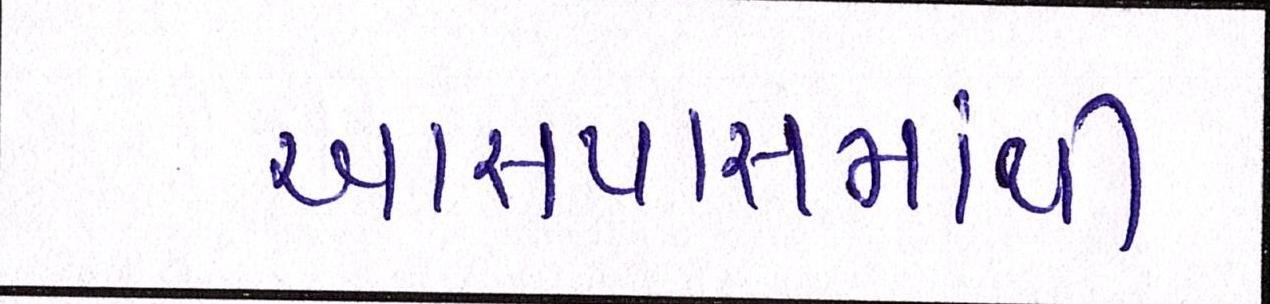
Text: આસપાસમાંથી